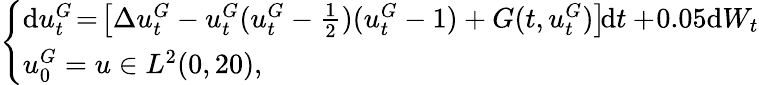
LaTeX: \left\{ \begin{array}{ll}{\mathrm{d}u_{t}^{G}\! =\! \left[\Delta u_{t}^{G}-u_{t}^{G}(u_{t}^{G}-\frac 12)(u_{t}^{G}-1)+G(t,u_{t}^{G})\right]\! \mathrm{d}t+\! 0.05\mathrm{d}W_{t}}\\ {u_{0}^{G}=u\in L^{2}(0,20),}\end{array}\right.